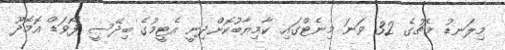
މިލަނޑު މެޗުގެ 32 ވަނަ މިނެޓްގައި ކާމިޔާބުކޮށްދިނީ އެޓީމުގެ ބިދޭސީ ފޯވަޑް އޮމޮދޫ